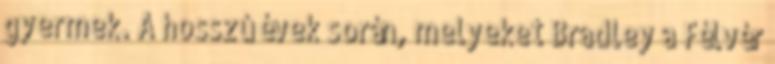
gyermek. A hosszú évek során, melyeket Bradley a Félvér